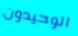
الوحيدون